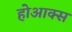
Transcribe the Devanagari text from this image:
होआक्स